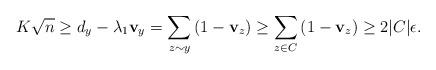
LaTeX: \begin{align*}K \sqrt{n} \geq d_y - \lambda_1 \mathbf{v}_y = \sum_{z\sim y} \left( 1 - \mathbf{v}_z \right) \geq \sum_{z\in C} \left( 1-\mathbf{v}_z \right) \geq 2|C| \epsilon.\end{align*}